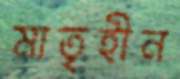
মাতৃহীন